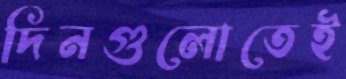
দিনগুলোতেই